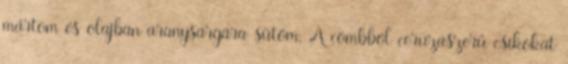
mártom és olajban aranysárgára sütöm. A combból ceruzaszerű csíkokat